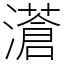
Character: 濸